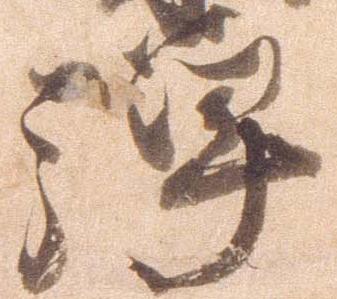
禅